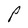
Character: P